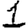
Digit: 1